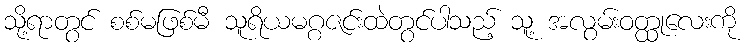
သို့ရာတွင် စစ်မဖြစ်မီ သူရိယမဂ္ဂဇင်းထဲတွင်ပါသည့် သူ့ အလွမ်းဝတ္ထုလေးကို